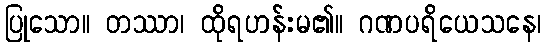
ပြုသော။ တဿာ၊ ထိုရဟန်းမ၏။ ဂဏပရိယေသနေ၊